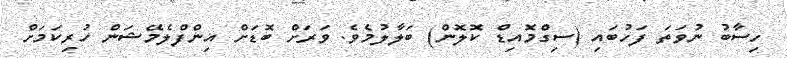
ހިސާބު ނުވަތަ ފަހުބައި (ސިގްމޮއިޑް ކޮލޮން) ބަލާލުމެވެ. ވަރަށް ބޮޑަށް އިންފްލެމޭޝަން ހުރިކަމަށް